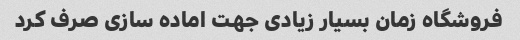
فروشگاه زمان بسیار زیادی جهت اماده سازی صرف کرد